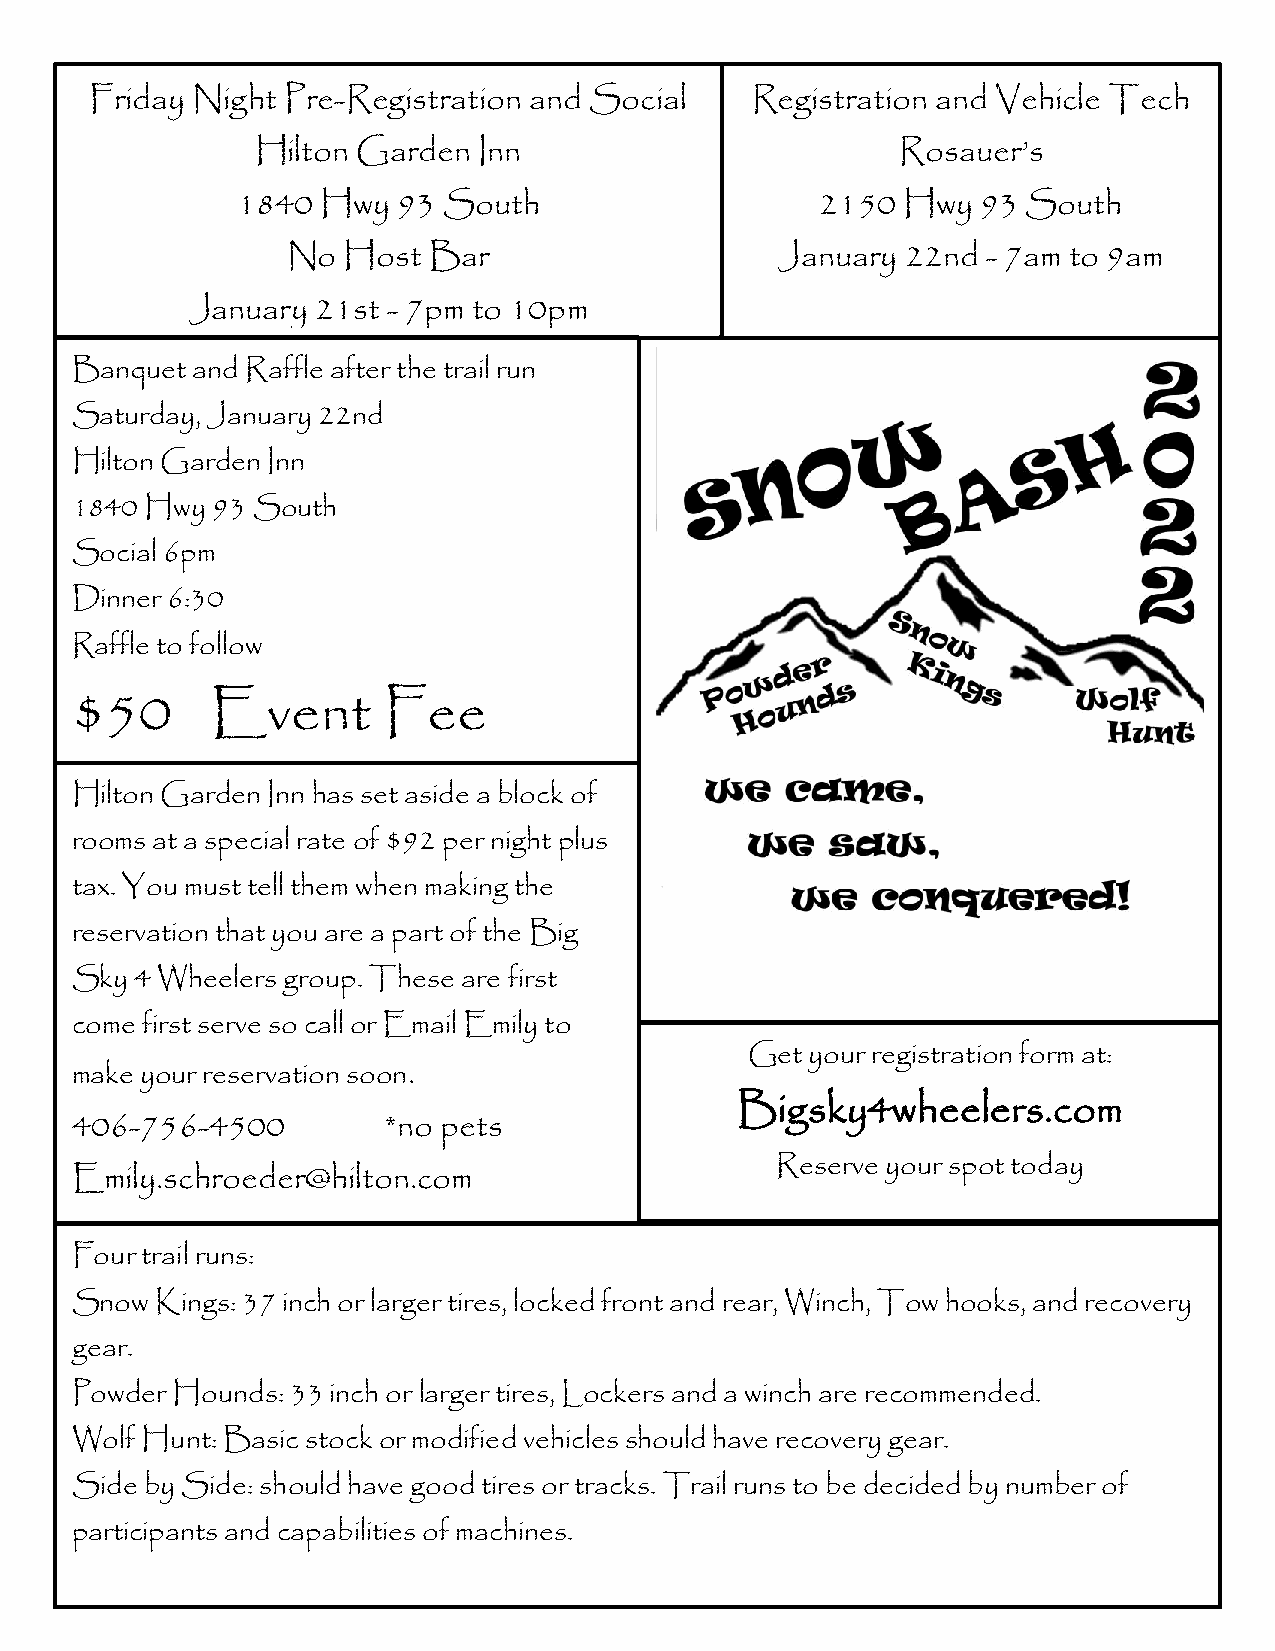
Friday Night Pre-Registration and Social    Registration and Vehicle Tech
 Hilton Garden  Inn                        Rosauer’s
 1840 Hwy  93 South                    2150  Hwy  93 South
 No  Host Bar                     January 22nd - 7am to 9am
 January  21st - 7pm to 10pm
 Banquet and Raffle after the trail run
 Saturday, January 22nd
 Hilton Garden Inn
 1840 Hwy 93 South
 Social 6pm
 Dinner 6:30
 Raffle to follow
 $50      Event      Fee
 Hilton Garden Inn has set aside a block of
 rooms at a special rate of $92 per night plus
 tax. You must tell them when making the
 reservation that you are a part of the Big
 Sky 4 Wheelers group. These are first
 come first serve so call or Email Emily to
 Get  your registration form at:
 make your reservation soon.
 Bigsky4wheelers.com
 406-756-4500        *no pets
 Reserve your spot today
 Emily.schroeder@hilton.com
 Four trail runs:
 Snow Kings: 37 inch or larger tires, locked front and rear, Winch, Tow hooks, and recovery
 gear.
 Powder Hounds: 33 inch or larger tires, Lockers and a winch are recommended.
 Wolf Hunt: Basic stock or modified vehicles should have recovery gear.
 Side by Side: should have good tires or tracks. Trail runs to be decided by number of
 participants and capabilities of machines.